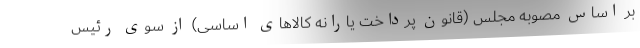
بر اساس مصوبه مجلس (قانون پرداخت یارانه کالاهای اساسی) از سوی رئیس